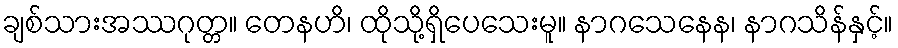
ချစ်သားအဿဂုတ္တ။ တေနဟိ၊ ထိုသို့ရှိပေသေးမူ။ နာဂသေနေန၊ နာဂသိန်နှင့်။